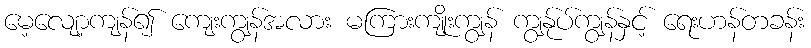
မေ့လျော့ကျန်၍ ကျေးကျွန်အလား မကြားကျိုးကျွန် ကျွန်ုပ်ကျွန်နှင့် ရေးဟန်တခန်း